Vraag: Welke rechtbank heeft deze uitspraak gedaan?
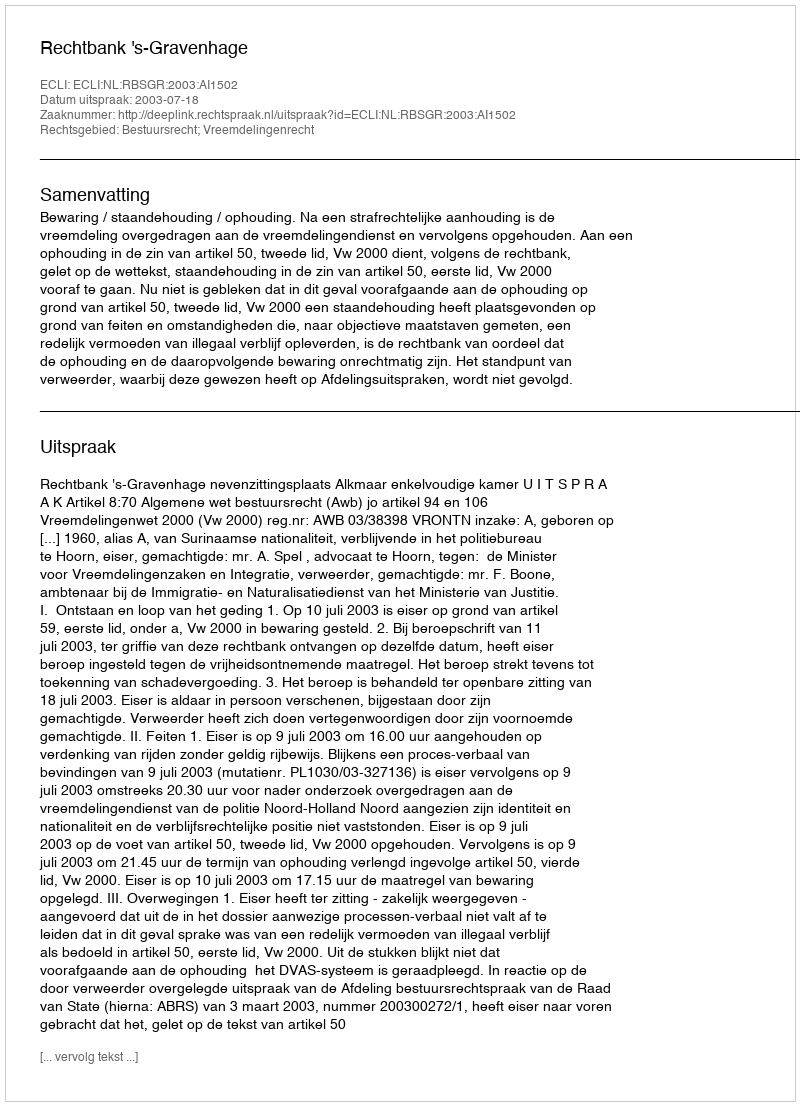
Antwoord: Rechtbank 's-Gravenhage